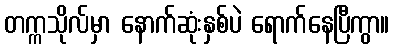
တက္ကသိုလ်မှာ နောက်ဆုံးနှစ်ပဲ ရောက်နေပြီကွာ။